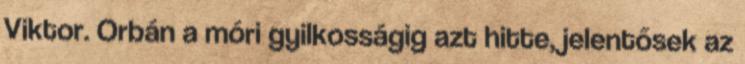
Viktor. Orbán a móri gyilkosságig azt hitte, jelentősek az